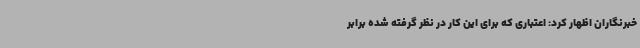
خبرنگاران اظهار کرد: اعتباری که برای این کار در نظر گرفته شده برابر